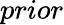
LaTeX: prior